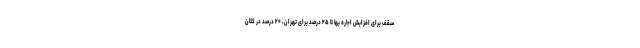
سقف برای افزایش اجاره بها تا ۲۵ درصد برای تهران، ۲۰ درصد در کلان